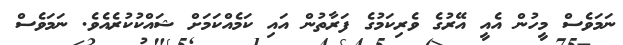
ނަމަވެސް މީހުން އެއީ އޭރުގެ ވެރިކަމުގެ ފަރާތުން އައި ކަމެއްކަމަށް ޝައްކުކުރެއެވެ. ނަމަވެސް